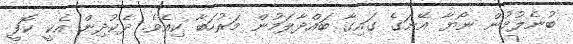
ބުނެލުމުން ނޯޔާ އޭނަގެ ގައިގާ ބައްދާލަމުން މަރުހަބާ ކިއެވެ. ދެކުދިން އެކީ ކޮފީ